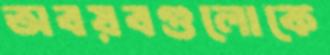
অবয়বগুলোকে